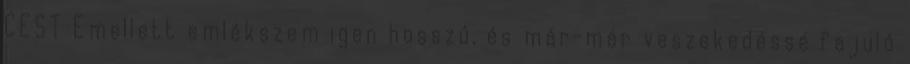
CEST Emellett emlékszem igen hosszú, és már-már veszekedéssé fajuló